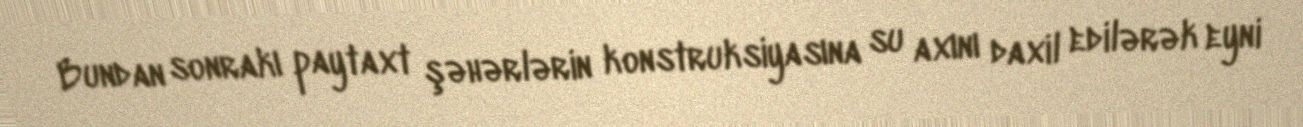
Bundan sonrakı paytaxt şəhərlərin konstruksiyasına su axını daxil edilərək eyni